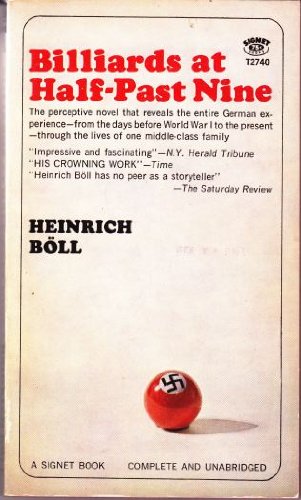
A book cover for Billiards at half past nine; Heinrich Boll; Sports & Outdoors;